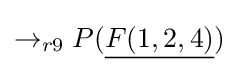
\rightarrow _{r9}P({\underline {F(1,2,4)}})